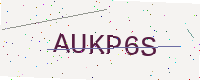
Text: AUKP6S